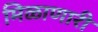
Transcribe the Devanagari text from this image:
मिळाणारी